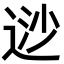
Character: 逤